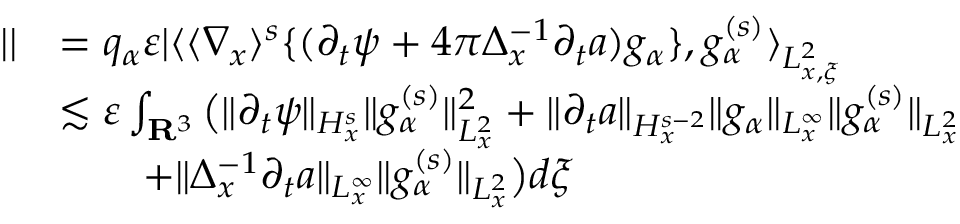
\begin{array} { r l } { | | } & { = q _ { \alpha } \varepsilon | \langle \langle \nabla _ { x } \rangle ^ { s } \{ ( \partial _ { t } \psi + 4 \pi \Delta _ { x } ^ { - 1 } \partial _ { t } a ) g _ { \alpha } \} , g _ { \alpha } ^ { ( s ) } \rangle _ { L _ { x , \xi } ^ { 2 } } } \\ & { \lesssim \varepsilon \int _ { \mathbf R ^ { 3 } } \big ( \| \partial _ { t } \psi \| _ { H _ { x } ^ { s } } \| g _ { \alpha } ^ { ( s ) } \| _ { L _ { x } ^ { 2 } } ^ { 2 } + \| \partial _ { t } a \| _ { H _ { x } ^ { s - 2 } } \| g _ { \alpha } \| _ { L _ { x } ^ { \infty } } \| g _ { \alpha } ^ { ( s ) } \| _ { L _ { x } ^ { 2 } } } \\ & { \quad \quad + \| \Delta _ { x } ^ { - 1 } \partial _ { t } a \| _ { L _ { x } ^ { \infty } } \| g _ { \alpha } ^ { ( s ) } \| _ { L _ { x } ^ { 2 } } \big ) d \xi } \end{array}